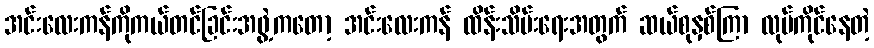
အင်းလေးကန်ကိုကယ်တင်ခြင်းအဖွဲ့ကတော့ အင်းလေးကန် ထိန်းသိမ်းရေးအတွက် ဆယ်စုနှစ်ကြာ လုပ်ကိုင်နေတဲ့